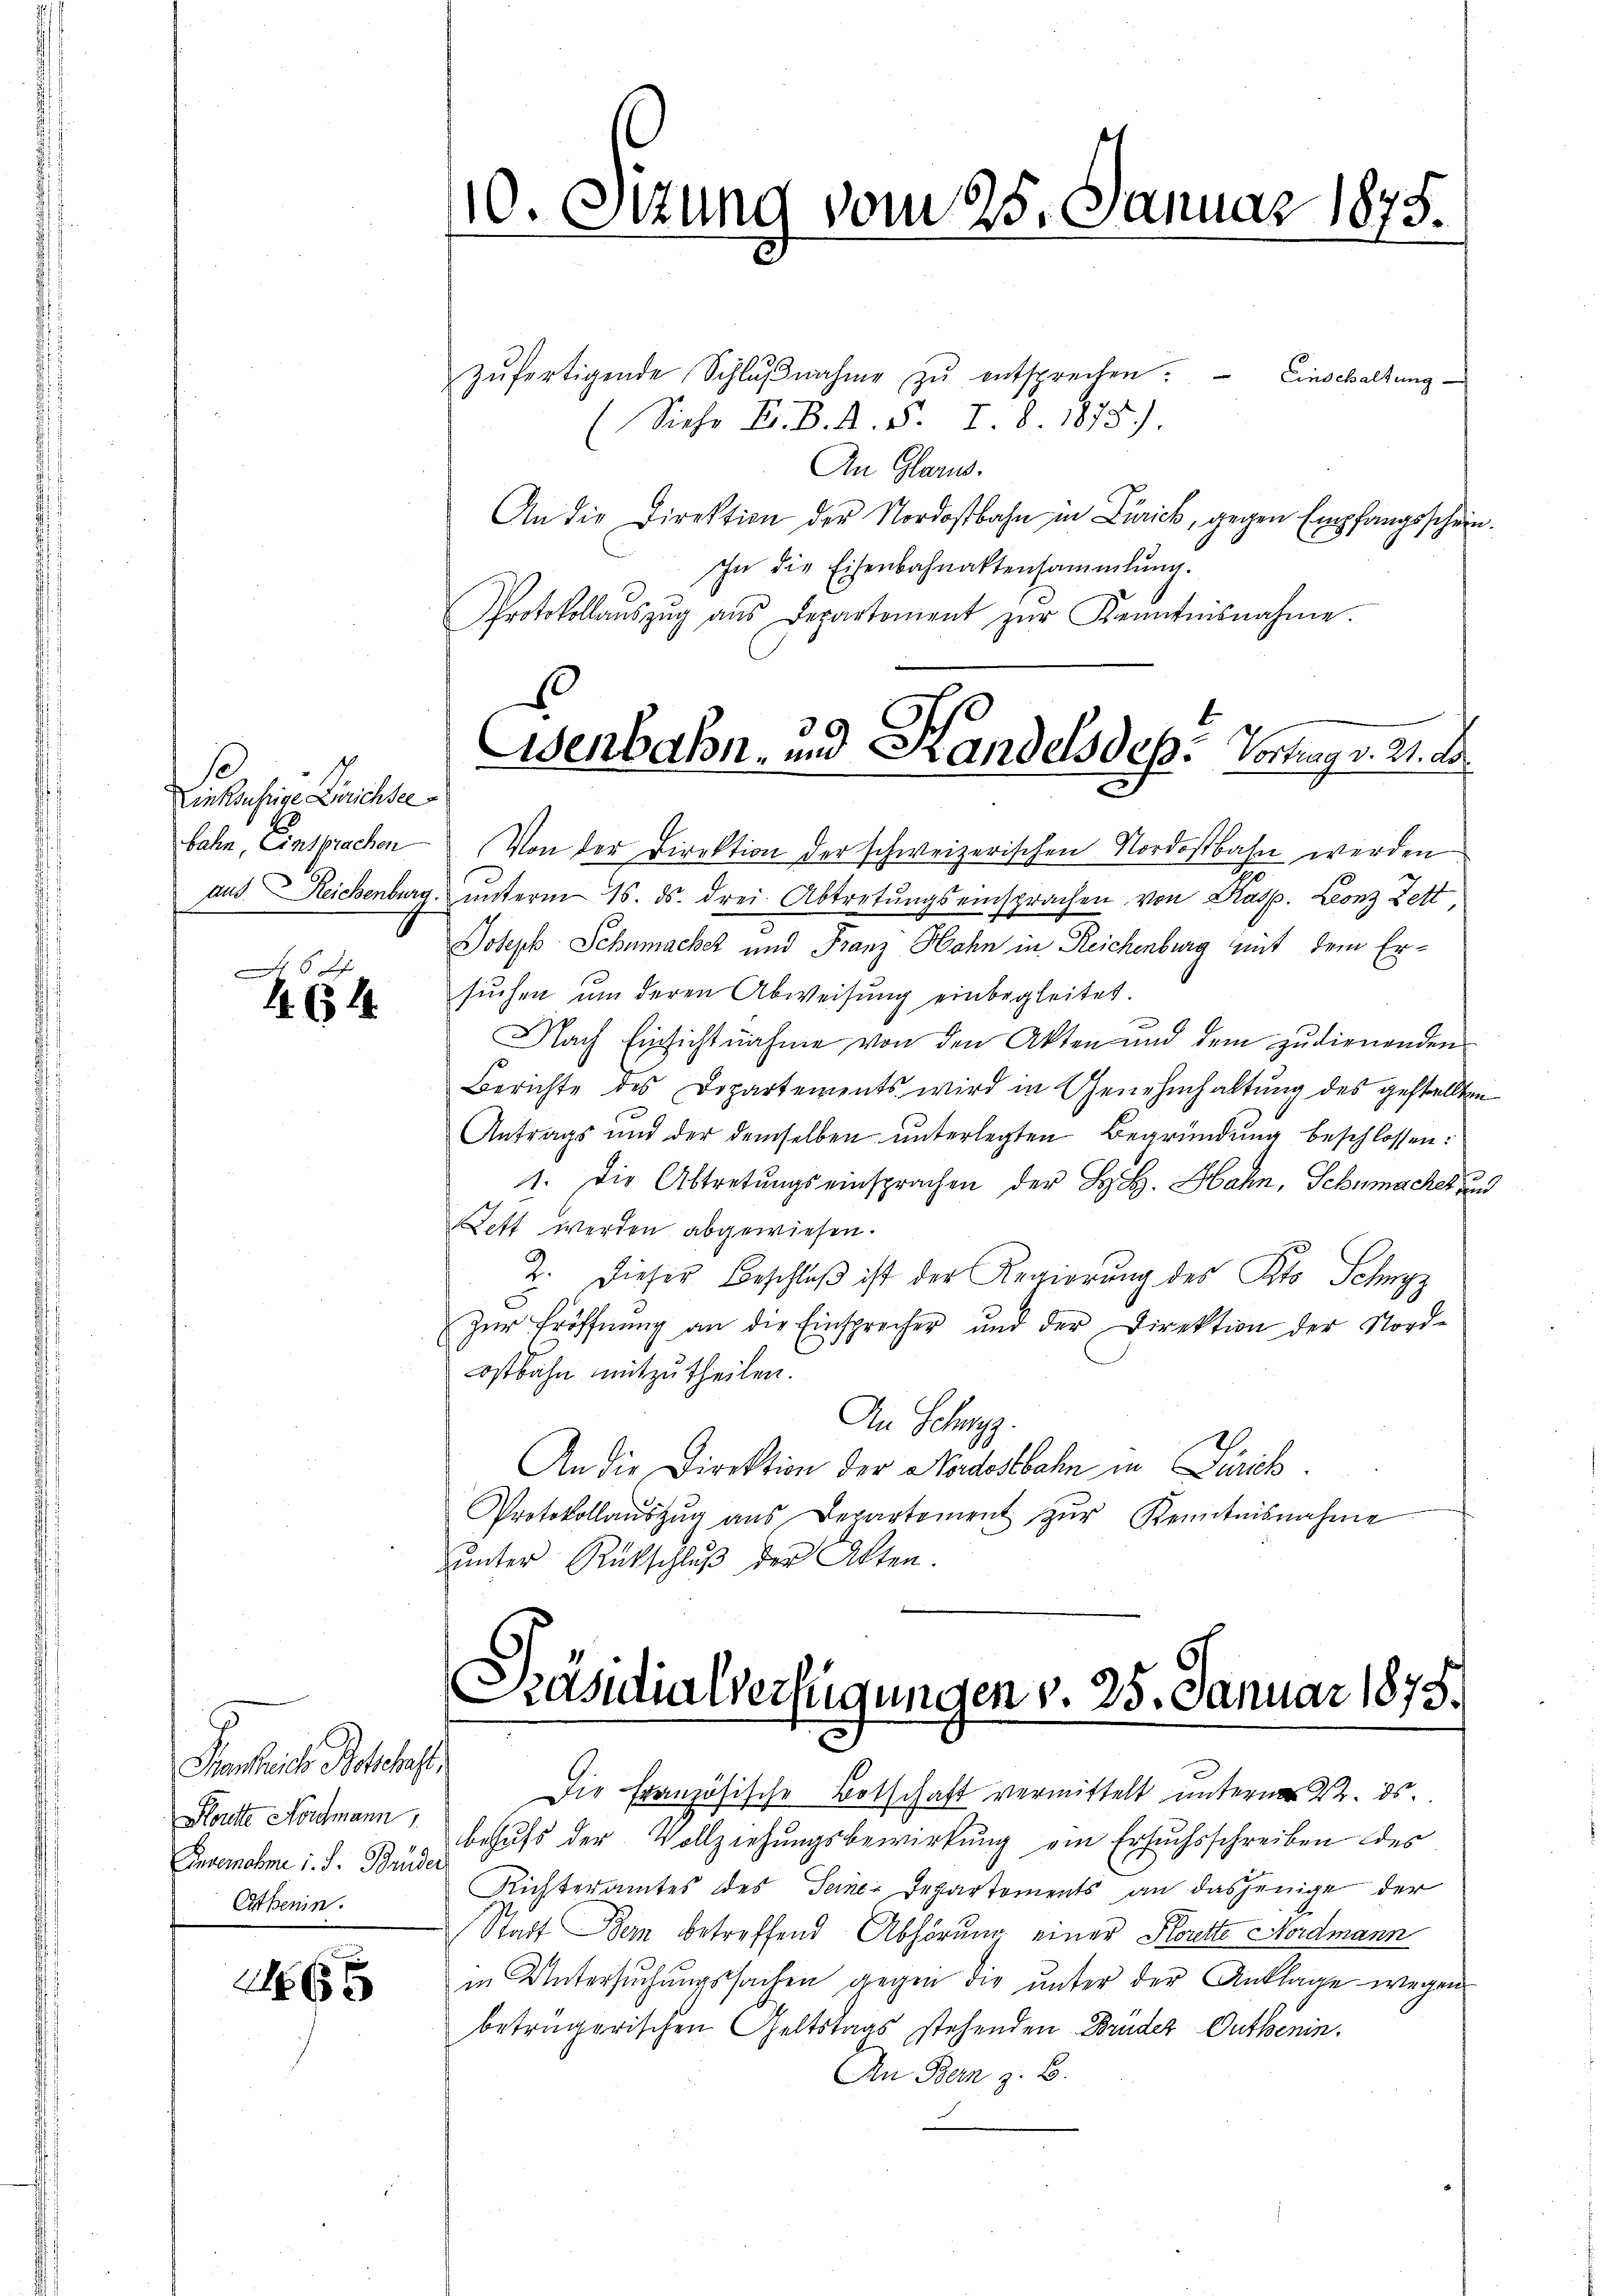
se
Linksufrige Zürichsee

14. 64

zŭfertigende Schlŭβnahme zŭ entsprechen. Einschaltung
(Siehe B. B. A. v. I. 8. 1878.)
An Glarus.
An die Direktion der Nordostbahn in Zürich, gegen Empfangsschein
In die Eisenbahnaktensammlung.
Protokollaŭszŭg aŭs Departement zŭr Kenntnisnahme.
bahn, Einsprachen Von der Direktion der schweizerischen Nordostbahn werden
aus Reichenburg unterm 16. ds. drei Abtretungseinsprachen von Kasp. Leonz Fett
Joseph Schumachet und Franz Hohn in Reichenburg mit dem Ersuchen um deren Abweisung einbegleitet.
Nach Einsichtnahme von den Akten und dem zudienenden
Berichte des Departements wird in Genehmhaltung des gestellten
Antrags und der demselben ŭnterlegten Begründŭng beschlossen:
1. Die Abtretŭngseinsprachen der B. H. Hahn, Schumacher den
Lett werden abgewiesen.
2. Dieser Beschluß ist der Regierung des Kts. Schwyz
zŭr Eröffnung an die Einsprecher und der Direktion der Nord-
ostbahn mitzutheilen.
An Schwyz.
An die Direktion der Nordostbahn in Zürich.
Protokollaŭszŭg aŭs Departement zŭr Kenntnisnahme
ŭnter Rückschlŭβ der Akten.

Fenkreiche Botschaft,
Soute Nordmann
Envernahme v. J. Brüder
Cathenin

26

10. Sitzung vom 25. Januar 1875.

Osenbahn- und Handels des Vortrag v. 21. ds.

Präsidialverfügungen v. 25. Januar 1875.

Die Französische Botschaft vermittelt unterm 22. ds.
behufs der Vollziehungsbewirkung ein Ersuchsschreiben des
Richteramtes des Seine Departements an dasjenige der
Stadt Bern betreffend Abhörung einer Florette Nordmann
in Untersuchungssachen gegen die unter der Anklage wegen
betrügerischen Geltstags stehenden Brüder Outhenin¬
An Bern z. B.